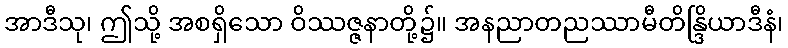
အာဒီသု၊ ဤသို့ အစရှိသော ဝိဿဇ္ဇနာတို့၌။ အနညာတညဿာမီတိန္ဒြိယာဒီနံ၊